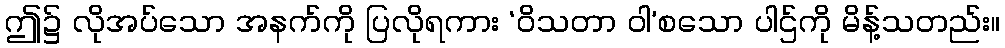
ဤ၌ လိုအပ်သော အနက်ကို ပြလိုရကား ‘ဝိသတာ ဝါ’စသော ပါဌ်ကို မိန့်သတည်း။